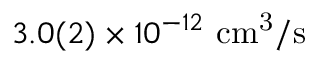
3 . 0 ( 2 ) \times 1 0 ^ { - 1 2 } \ \mathrm { c m ^ { 3 } / s }